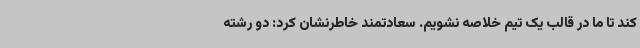
کند تا ما در قالب یک تیم خلاصه نشویم. سعادتمند خاطرنشان کرد: دو رشته